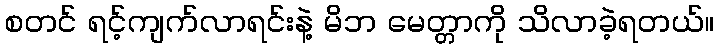
စတင် ရင့်ကျက်လာရင်းနဲ့ မိဘ မေတ္တာကို သိလာခဲ့ရတယ်။